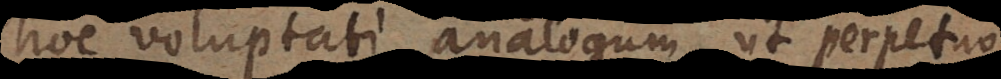
hoc voluptati analogum, ut perpetuo